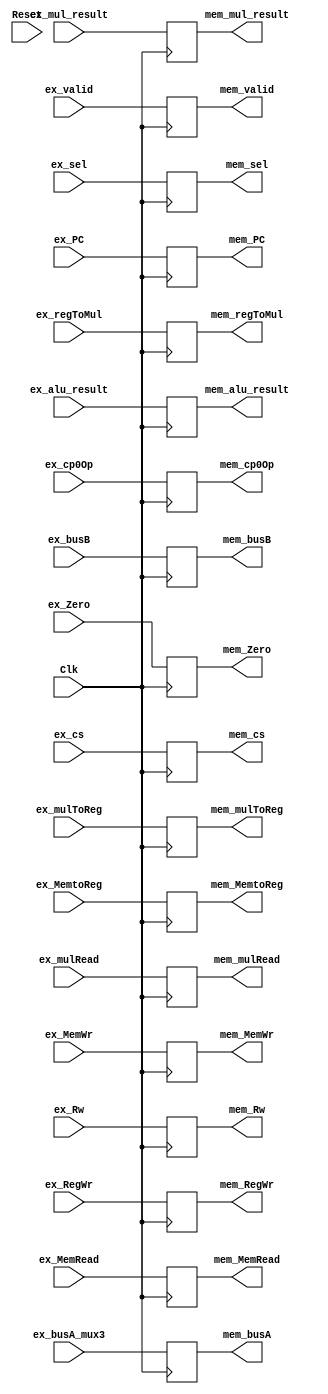
`timescale 1ns / 1ps
module ex_mem( Clk,          ex_Zero,        ex_alu_result, ex_busB,          ex_Rw,
               ex_RegWr,     ex_MemWr,       ex_MemtoReg,   mem_Zero,         mem_alu_result,
               mem_busB,     mem_Rw,         mem_RegWr,     mem_MemWr,        mem_MemtoReg,
               ex_MemRead,   mem_MemRead,
               //----{mul}begin
               ex_busA_mux3, ex_mul_result,  ex_regToMul,   ex_mulToReg,      ex_mulRead,
               mem_busA,     mem_mul_result, mem_regToMul,  mem_mulToReg,     mem_mulRead,
               //----{mul}end
               //----{cp0}begin
               ex_cs,        ex_sel,         ex_cp0Op,      ex_PC,
               mem_cs,       mem_sel,        mem_cp0Op,     mem_PC,
               //----{cp0}end
               //----{ISE}begin
               ex_valid,     mem_valid,
               //----{ISE}end
               Reset
               );
        input              Reset;
        input              Clk;
        input              ex_Zero;
        input       [31:0] ex_alu_result;
        input       [31:0] ex_busB;
        input       [4:0]  ex_Rw;        
        input              ex_RegWr;
        input       [1:0]  ex_MemWr;
        input              ex_MemtoReg;
        input       [1:0]  ex_MemRead;
        //----{mul}begin
        input       [31:0] ex_busA_mux3;
        input       [63:0] ex_mul_result;
        input       [ 1:0] ex_regToMul;
        input              ex_mulToReg;
        input              ex_mulRead;
        //----{mul}end
        //----{cp0}begin
        input       [ 4:0] ex_cs;
        input       [ 2:0] ex_sel;
        input       [ 2:0] ex_cp0Op;
        input       [31:2] ex_PC;
        //----{cp0}end

        //control
        output reg         mem_Zero;
        output reg [31:0]  mem_alu_result;
        output reg [31:0]  mem_busB;
        output reg [4:0]   mem_Rw;
        output reg         mem_RegWr;
        output reg [1:0]   mem_MemWr;
        output reg         mem_MemtoReg;
        output reg [1:0]   mem_MemRead;

        //----{mul}begin
        output reg [31:0]  mem_busA;
        output reg [63:0]  mem_mul_result;
        output reg [ 1:0]  mem_regToMul;
        output reg         mem_mulToReg;
        output reg         mem_mulRead;
        //----{mul}end
        //----{cp0}begin
        output reg [ 4:0]  mem_cs;
        output reg [ 2:0]  mem_sel;
        output reg [ 2:0]  mem_cp0Op;
        output reg [31:2]  mem_PC;
        //----{cp0}end  

        //----{ISE}begin
        input              ex_valid;
        output reg         mem_valid;
        //----{ISE}end

        initial begin
          mem_Zero       = 0;
          mem_alu_result = 32'd0;
          mem_busB       = 32'd0;
          mem_Rw         = 5'd0;
          mem_RegWr      = 0;    // 
          mem_MemWr      = 2'd0; //           
          mem_MemtoReg   = 0;    // MUX
          mem_MemRead    = 2'd0;
          //----{mul}begin
          mem_busA       = 32'd0;
          mem_mul_result = 63'd0;
          mem_regToMul   = 2'd0;
          mem_mulToReg   = 0;
          mem_mulRead    = 0;
          //----{mul}end
          //----{cp0}begin
          mem_cs         = 5'd0;
          mem_sel        = 3'd0;
          mem_cp0Op      = 3'd0;
          mem_PC         = 30'd0;
          //----{cp0}end  

          mem_valid      = 1'd0;
        end
        always @(negedge Clk)
        begin
            /*if (Reset) begin
                mem_Zero       <= 0;
                mem_alu_result <= 32'd0;
                mem_busB       <= 32'd0;
                mem_Rw         <= 5'd0;
                mem_RegWr      <= 0;    // 
                mem_MemWr      <= 2'd0; //           
                mem_MemtoReg   <= 0;    // MUX
                mem_MemRead    <= 2'd0;
                //----{mul}begin
                mem_busA       <= 32'd0;
                mem_mul_result <= 63'd0;
                mem_regToMul   <= 2'd0;
                mem_mulToReg   <= 0;
                mem_mulRead    <= 0;
                //----{mul}end
                //----{cp0}begin
                mem_cs         <= 5'd0;
                mem_sel        <= 3'd0;
                mem_cp0Op      <= 3'd0;
                mem_PC         <= 30'd0;
                //----{cp0}end  

                mem_valid      <= 1'd0;                
            end else */begin
                mem_alu_result <= ex_alu_result;
                mem_busB       <= ex_busB;
                mem_Rw         <= ex_Rw;     
                
                //control
                mem_Zero       <= ex_Zero;
                mem_RegWr      <= ex_RegWr;
                mem_MemWr      <= ex_MemWr;
                mem_MemtoReg   <= ex_MemtoReg;   
                mem_MemRead    <= ex_MemRead;    

                //----{mul}begin
                mem_busA       <= ex_busA_mux3;
                mem_mul_result <= ex_mul_result;
                mem_regToMul   <= ex_regToMul;
                mem_mulToReg   <= ex_mulToReg;
                mem_mulRead    <= ex_mulRead;
                //----{mul}end

                //----{cp0}begin
                mem_cs         <= ex_cs;
                mem_sel        <= ex_sel;
                mem_cp0Op      <= ex_cp0Op;
                mem_PC         <= ex_PC;
                //----{cp0}end 

                mem_valid      <= ex_valid;
            end

        end
endmodule